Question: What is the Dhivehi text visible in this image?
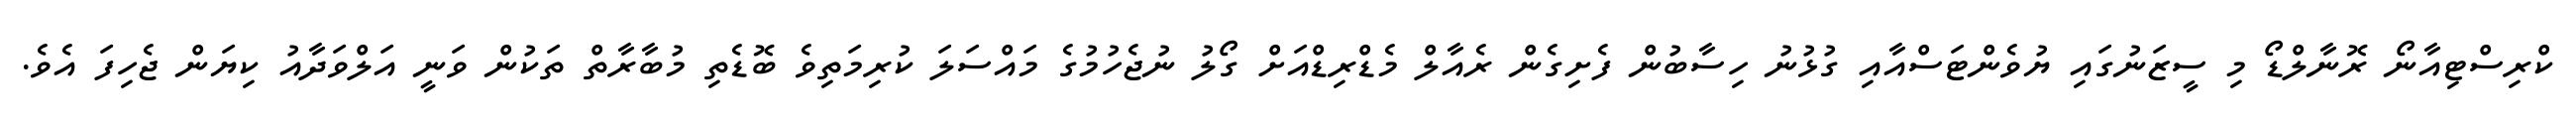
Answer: ކްރިސްޓިއާނޯ ރޮނާލްޑޯ މި ސީޒަނުގައި ޔުވެންޓަސްއާއި ގުޅުނު ހިސާބުން ފެށިގެން ރެއާލް މެޑްރިޑްއަށް ގޯލު ނުޖެހުމުގެ މައްސަލަ ކުރިމަތިވެ ބޮޑެތި މުބާރާތް ތަކުން ވަނީ އަލްވަދާއު ކިޔަން ޖެހިފަ އެވެ.